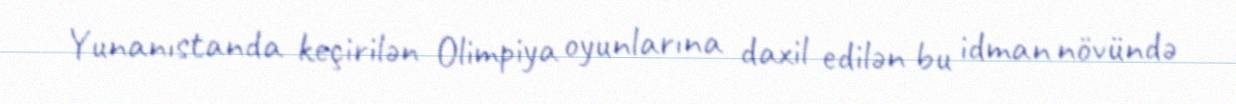
Yunanıstanda keçirilən Olimpiya oyunlarına daxil edilən bu idman növündə